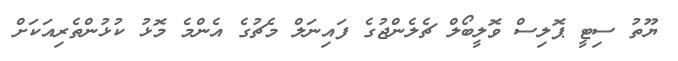
ޔޫތު ސިޓީ ޕޮލިސް ވޮލީބޯލް ޗެލެންޖުގެ ފައިނަލް މެޗުގެ އެންމެ މޮޅު ކުޅުންތެރިއަކަށް